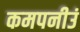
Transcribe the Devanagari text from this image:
कमपनीउं